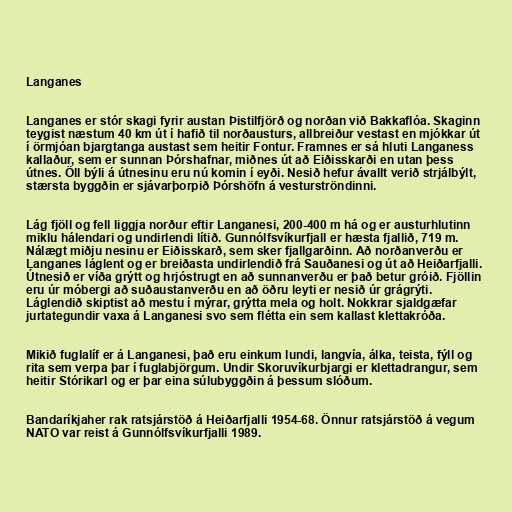
Langanes

Langanes er stór skagi fyrir austan Þistilfjörð og norðan við Bakkaflóa. Skaginn
teygist næstum 40 km út í hafið til norðausturs, allbreiður vestast en mjókkar út
í örmjóan bjargtanga austast sem heitir Fontur. Framnes er sá hluti Langaness
kallaður, sem er sunnan Þórshafnar, miðnes út að Eiðisskarði en utan þess
útnes. Öll býli á útnesinu eru nú komin í eyði. Nesið hefur ávallt verið strjálbýlt,
stærsta byggðin er sjávarþorpið Þórshöfn á vesturströndinni.

Lág fjöll og fell liggja norður eftir Langanesi, 200-400 m há og er austurhlutinn
miklu hálendari og undirlendi lítið. Gunnólfsvíkurfjall er hæsta fjallið, 719 m.
Nálægt miðju nesinu er Eiðisskarð, sem sker fjallgarðinn. Að norðanverðu er
Langanes láglent og er breiðasta undirlendið frá Sauðanesi og út að Heiðarfjalli.
Útnesið er víða grýtt og hrjóstrugt en að sunnanverðu er það betur gróið. Fjöllin
eru úr móbergi að suðaustanverðu en að öðru leyti er nesið úr grágrýti.
Láglendið skiptist að mestu í mýrar, grýtta mela og holt. Nokkrar sjaldgæfar
jurtategundir vaxa á Langanesi svo sem flétta ein sem kallast klettakróða.

Mikið fuglalíf er á Langanesi, það eru einkum lundi, langvía, álka, teista, fýll og
rita sem verpa þar í fuglabjörgum. Undir Skoruvíkurbjargi er klettadrangur, sem
heitir Stórikarl og er þar eina súlubyggðin á þessum slóðum.

Bandaríkjaher rak ratsjárstöð á Heiðarfjalli 1954-68. Önnur ratsjárstöð á vegum
NATO var reist á Gunnólfsvíkurfjalli 1989.